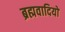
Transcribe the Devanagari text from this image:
ब्रह्मवादियों